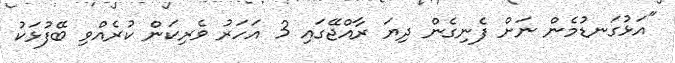
"އަޅުގަނޑުމެން ނަށް ފެނިގެން ދިޔަ ރާއްޖޭގައި 3 އަހަރު ވެރިކަން ކުރެއްވި ބޭފުޅަކު